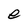
Character: e